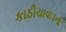
કાઠીયાવાડના